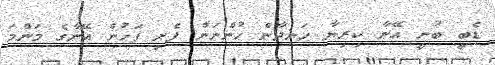
ޑެބީ ބުނީ އޭނާ ކިރިޔާ ހަނދާން ހުންނަން ފެށި ފަހުން އޭނާގެ މަންމަ